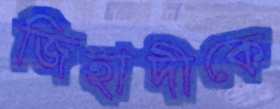
জিহাদীকে